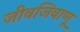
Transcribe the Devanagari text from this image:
जीवजिवाणू